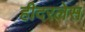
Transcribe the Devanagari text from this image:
हीदरलेस